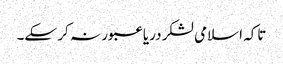
تاکہ اسلامی لشکر دریا عبور نہ کر سکے۔